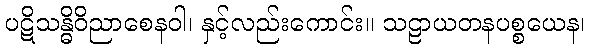
ပဋိသန္ဓိဝိညာစေနဝါ၊ နှင့်လည်းကောင်း။ သဠာယတနပစ္စယေန၊